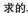
求的。